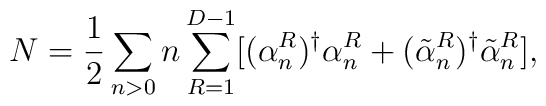
N=\frac{1}{2}\sum_{n>0} n\sum_{R=1}^{D-1}[(\alpha^R_n)^{\dag}\alpha^R_n+(\tilde{\alpha}^R_n)^{\dag}\tilde{\alpha}^R_n],